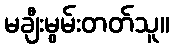
မချီးမွမ်းတတ်သူ။